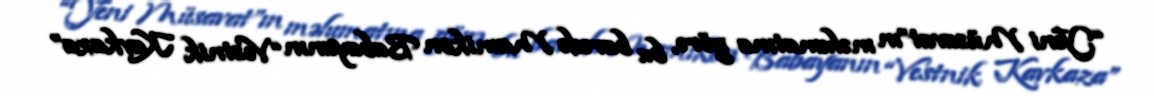
“Yeni Müsavat”ın məlumatına görə, bu barədə Mamikon Babayanın “Vestnik Kavkaza”